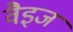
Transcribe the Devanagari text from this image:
वैइज